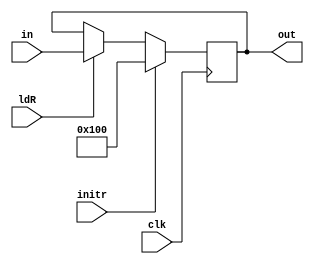
`timescale 1ns/1ns

module RegR(input ldR, initr, clk, input[15:0] in, output reg [15:0] out);

  always@ (posedge clk) begin
	 if (initr) out <= 16'b0000000100000000;
    else if(ldR) out <= in;
  end
  
endmodule